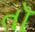
તૉ